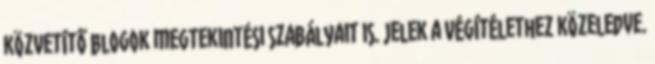
közvetítő blogok megtekintési szabályait is. Jelek a Végítélethez közeledve.